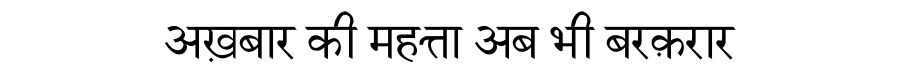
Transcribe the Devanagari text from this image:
अख़बार की महत्ता अब भी बरक़रार